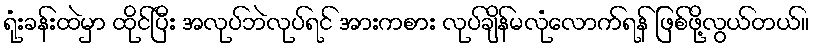
ရုံးခန်းထဲမှာ ထိုင်ပြီး အလုပ်ဘဲလုပ်ရင် အားကစား လုပ်ချိန်မလုံလောက်ရန် ဖြစ်ဖို့လွယ်တယ်။